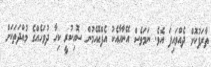
ތާރަފުކޮށް ދެއްވައިފަ އެވެ. ނަމަވެސް އޭނާއާއެކު އެފްއޭއެމުން ސޮއިކުރީ ކިހާ ދުވަހެއްގެ މުއްދަތަކަށް